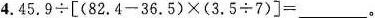
4.$$4 5 . 9 \div [ ( 8 2 . 4 - 3 6 . 5 ) \times ( 3 . 5 \div 7 ) ] =$$___。